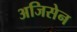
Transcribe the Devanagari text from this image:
अजिसेन